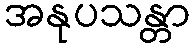
အနုပသန္တာ